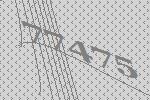
77475